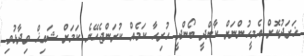
ޚަރަދުކޮށް އެމީހުންނަށް ކާންދީ ބޯންދީ ހުރިހާ ކަމެއް ކުރަންޖެހޭނެ ކަމަށް ޝައިޚް ވިދާޅުވި